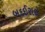
બદઈરાદો